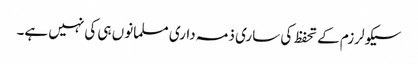
سیکولرزم کے تحفظ کی ساری ذمہ داری مسلمانوں ہی کی نہیں ہے۔